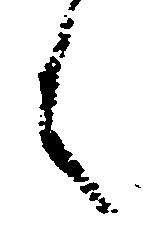
言